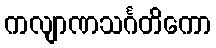
ကလျာဏသင်္ဂတိကော